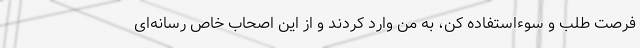
فرصت طلب و سوءاستفاده کن، به من وارد کردند و از این اصحاب خاص رسانه‌ای